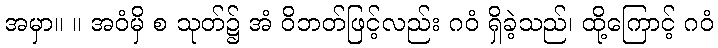
အမှာ။ ။ အဝံမှိ စ သုတ်၌ အံ ဝိဘတ်ဖြင့်လည်း ဂဝံ ရှိခဲ့သည်၊ ထို့ကြောင့် ဂဝံ